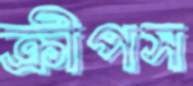
ক্রীপস